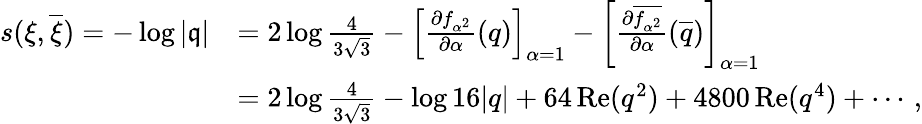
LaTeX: \begin{array}{rl}{s(\xi,\overline{{\xi}})=-\log|\mathfrak{q}|}&{=2\log{\frac{4}{3\sqrt{3}}}-\left[{\frac{\partial f_{\alpha^{2}}}{\partial\alpha}}(q)\right]_{\alpha=1}-\left[{\frac{\partial\overline{{f_{\alpha^{2}}}}}{\partial\alpha}}(\overline{{q}})\right]_{\alpha=1}}\\ &{=2\log{\frac{4}{3\sqrt{3}}}-\log 16|q|+64\, \mathrm{Re}(q^{2})+4800\, \mathrm{Re}(q^{4})+\cdots\, ,}\end{array}